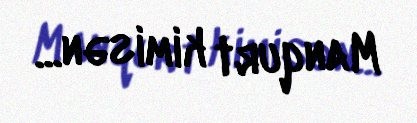
Manqurt kimisən...